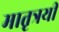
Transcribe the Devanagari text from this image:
मातृत्रयी